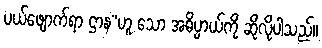
ပယ်ဖျောက်ရာ ဌာန”ဟူ သော အဓိပ္ပာယ်ကို ဆိုလိုပါသည်။